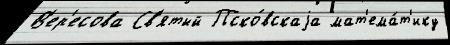
В'ер'есова Св'ятый Пско́вскаjа мат'ема́т'ику